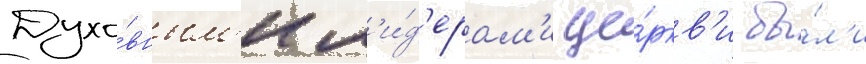
Духо́вным'и л'и́д'ерам'и це́ркв'и бы́л'и